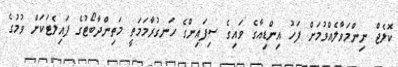
ކޮލެޖް ނިންމަވާލެއްވުމަށް ފަހު އިންޑިއާގެ ވައިގެ ސިފައިންގެ ހަނގުރާމަމަތީ މަތިންދާބޯޓުގެ ޕައިލެޓަކަށް ވުމުގެ